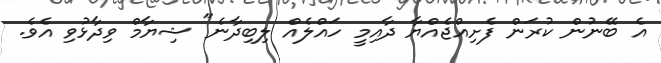
އެ ބޭނުން ކުރަން ފެށިއްޖެއްޔާ ދާއިމީ ހައްލެއް ލިބިދާނެ" ޝިޔާމް ވިދާޅުވި އެވެ.